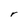
Character: r